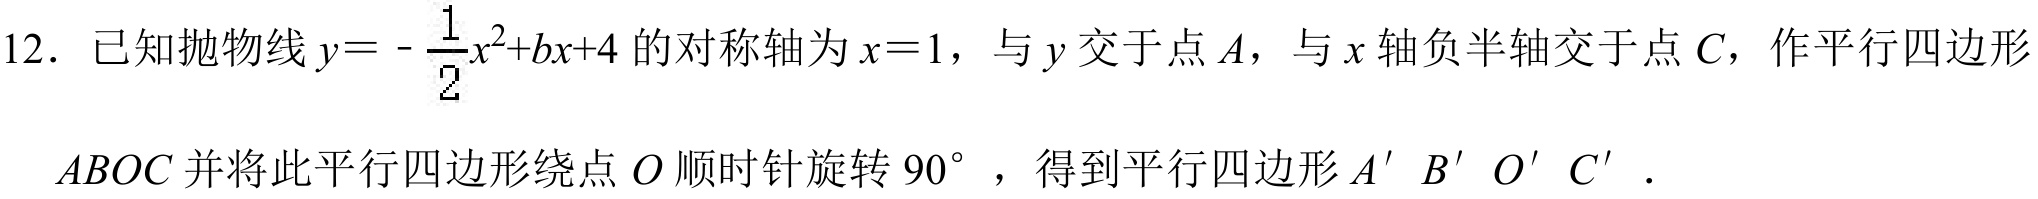
12. 已知抛物线$y = -\frac{1}{2}x^{2}+bx + 4$的对称轴为$x = 1$，与$y$交于点$A$，与$x$轴负半轴交于点$C$，作平行四边形
$ABOC$并将此平行四边形绕点$O$顺时针旋转$90^{\circ}$，得到平行四边形$A'B'O'C'$．